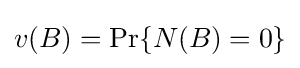
v(B)=\Pr\{N(B)=0\}